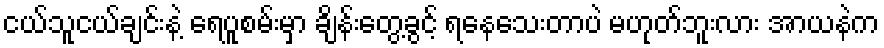
ငယ်သူငယ်ချင်းနဲ့ ရေပူစမ်းမှာ ချိန်းတွေ့ခွင့် ရနေသေးတာပဲ မဟုတ်ဘူးလား အာယနဲက